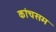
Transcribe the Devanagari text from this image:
कांचसम